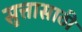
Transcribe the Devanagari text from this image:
सुत्तासाठी